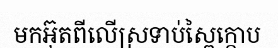
មកអ៊ុតពីលើស្រទាប់ស្ពៃក្តោប